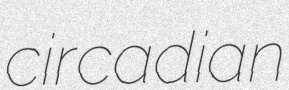
circadian